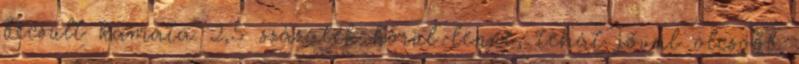
becsült kamata 2,5 százalék körül lenne, tehát jóval olcsóbb